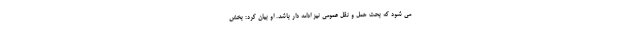
می شود که بحث حمل و نقل عمومی نیز ادامه دار باشد. او بیان کرد: بخش